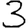
Digit: 3